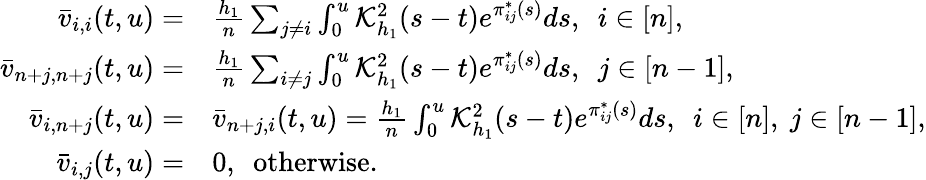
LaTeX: \begin{array}{rl}{\bar{v}_{i,i}(t,u)=}&{\frac{h_{1}}{n}\sum_{j\neq i}\int_{0}^{u}\mathcal{K}_{h_{1}}^{2}(s-t)e^{\pi_{ij}^{*}(s)}ds,~~i\in[n],}\\ {\bar{v}_{n+j,n+j}(t,u)=}&{\frac{h_{1}}{n}\sum_{i\neq j}\int_{0}^{u}\mathcal{K}_{h_{1}}^{2}(s-t)e^{\pi_{ij}^{*}(s)}ds,~~j\in[n-1],}\\ {\bar{v}_{i,n+j}(t,u)=}&{\bar{v}_{n+j,i}(t,u)=\frac{h_{1}}{n}\int_{0}^{u}\mathcal{K}_{h_{1}}^{2}(s-t)e^{\pi_{ij}^{*}(s)}ds,~~i\in[n],~j\in[n-1],}\\ {\bar{v}_{i,j}(t,u)=}&{0,~~\mathrm{otherwise}.}\end{array}